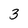
Character: 3